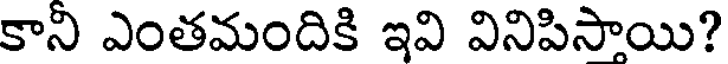
కాని ఎంతమందికి ఇవి వినిపిసాయి?